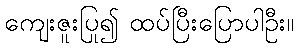
ကျေးဇူးပြု၍ ထပ်ပြီးပြောပါဦး။